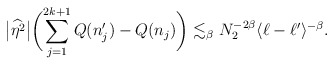
\begin{align*} \bigl|\widehat{\eta^2}\bigr|\biggl(\sum_{j=1}^{2k+1}Q(n_j')-Q(n_j)\biggr) \lesssim_\beta N_2^{-2\beta}\langle \ell-\ell' \rangle^{-\beta}.\end{align*}